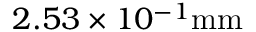
2 . 5 3 \times 1 0 ^ { - 1 } \mathrm { m m }